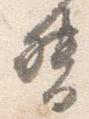
督